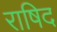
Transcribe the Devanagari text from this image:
राषिद